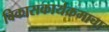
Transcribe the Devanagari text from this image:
विकासकार्यक्रमाचा